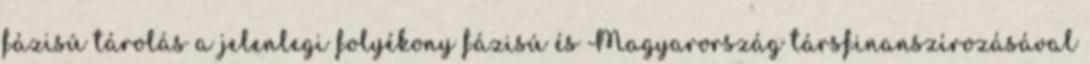
fázisú tárolás a jelenlegi folyékony fázisú és Magyarország társfinanszírozásával